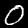
Digit: 0